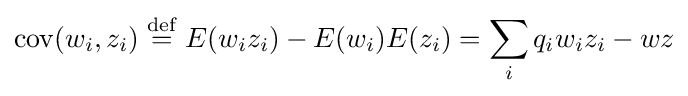
\operatorname {cov} (w_{i},z_{i})\;{\stackrel {\mathrm {def} }{=}}\;E(w_{i}z_{i})-E(w_{i})E(z_{i})=\sum _{i}q_{i}w_{i}z_{i}-wz